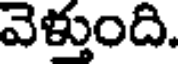
వెళ్తుంది.